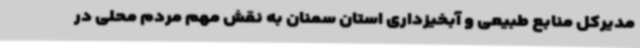
مدیرکل منابع طبیعی و آبخیزداری استان سمنان به نقش مهم مردم محلی در